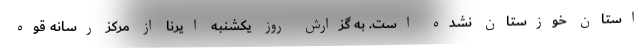
استان خوزستان نشده است. به گزارش روز یکشنبه ایرنا از مرکز رسانه قوه